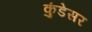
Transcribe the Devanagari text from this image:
कुंडेसर